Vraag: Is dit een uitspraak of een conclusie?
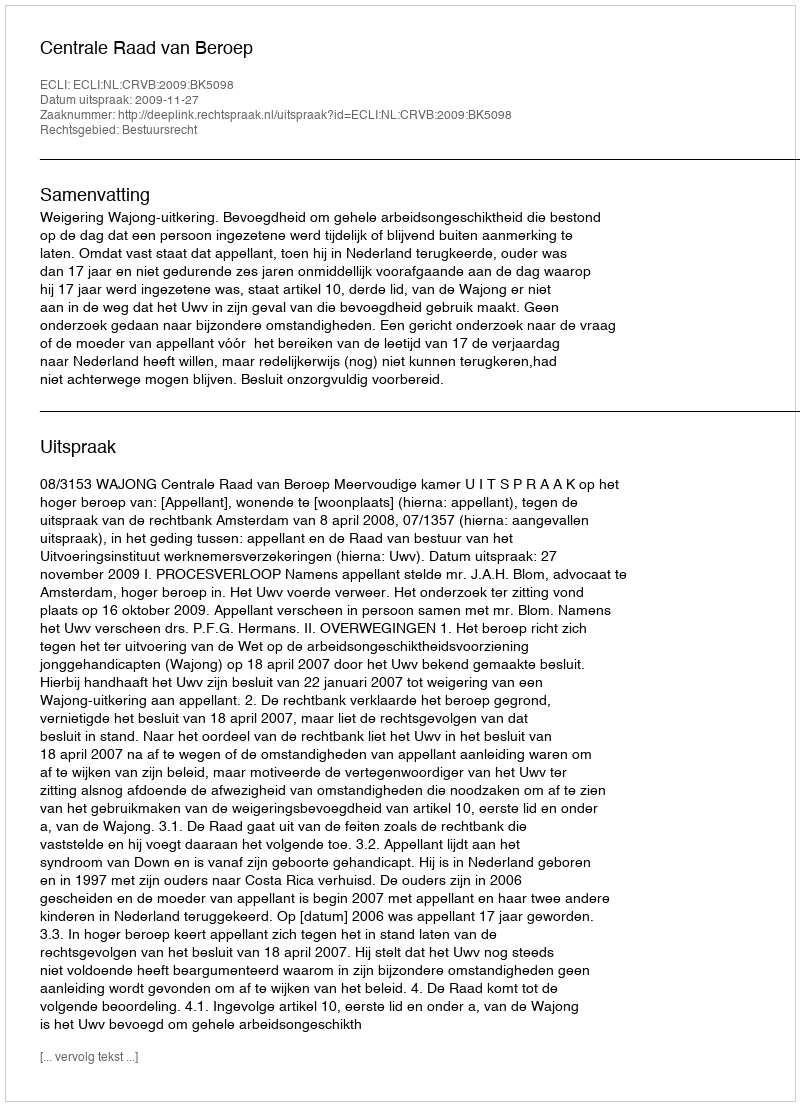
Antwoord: Uitspraak